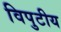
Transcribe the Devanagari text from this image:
विपुटीय